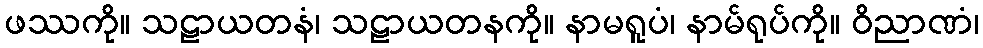
ဖဿကို။ သဠာယတနံ၊ သဠာယတနကို။ နာမရူပံ၊ နာမ်ရုပ်ကို။ ဝိညာဏံ၊